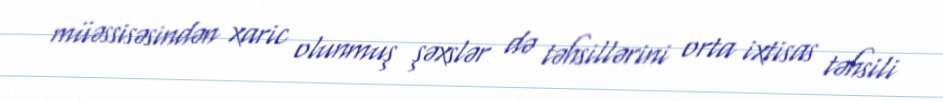
müəssisəsindən xaric olunmuş şəxslər də təhsillərini orta ixtisas təhsili